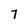
Character: 7